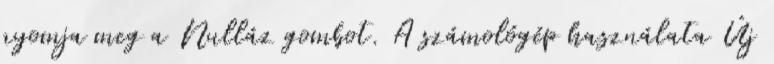
nyomja meg a Nulláz gombot. A számológép használata Új